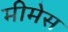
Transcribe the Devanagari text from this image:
मीमेस